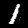
Digit: 1